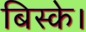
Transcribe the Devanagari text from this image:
बिस्के।